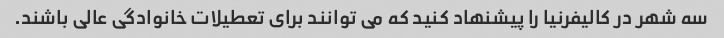
سه شهر در کالیفرنیا را پیشنهاد کنید که می توانند برای تعطیلات خانوادگی عالی باشند.